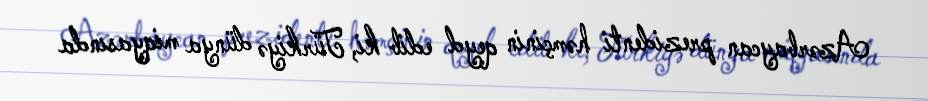
Azərbaycan prezidenti həmçinin qeyd edib ki, Türkiyə dünya miqyasında